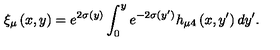
\xi _ { \mu } \left( x , y \right) = e ^ { 2 \sigma ( y ) } \int _ { 0 } ^ { y } e ^ { - 2 \sigma ( y ^ { \prime } ) } h _ { \mu 4 } \left( x , y ^ { \prime } \right) d y ^ { \prime } .